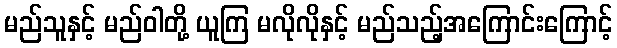
မည်သူနှင့် မည်ဝါတို့ ယူကြ မလိုလိုနှင့် မည်သည့်အကြောင်းကြောင့်